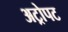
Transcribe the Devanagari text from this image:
अट्रोपट